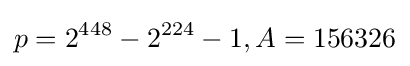
p=2^{448}-2^{224}-1,A=156326